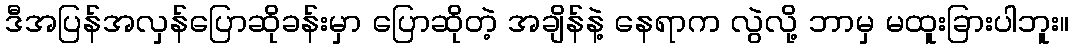
ဒီအပြန်အလှန်ပြောဆိုခန်းမှာ ပြောဆိုတဲ့ အချိန်နဲ့ နေရာက လွဲလို့ ဘာမှ မထူးခြားပါဘူး။